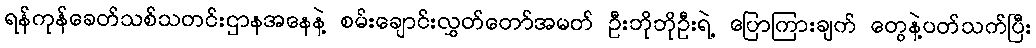
ရန်ကုန်ခေတ်သစ်သတင်းဌာနအနေနဲ့ စမ်းချောင်းလွှတ်တော်အမတ် ဦးဘိုဘိုဦးရဲ့ ပြောကြားချက် တွေနဲ့ပတ်သက်ပြီး